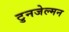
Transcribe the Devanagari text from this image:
टुनजेल्मन